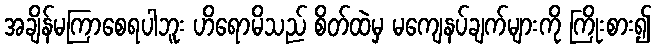
အချိန်မကြာစေရပါဘူး ဟိရောမိသည် စိတ်ထဲမှ မကျေနပ်ချက်များကို ကြိုးစား၍